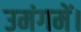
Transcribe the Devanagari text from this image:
उमंगमें।